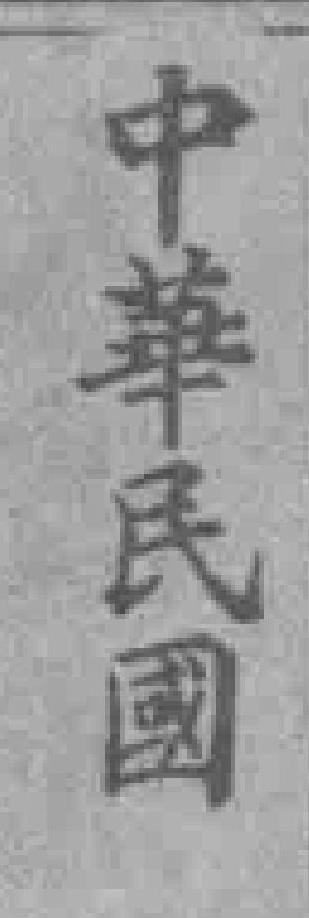
中華民國